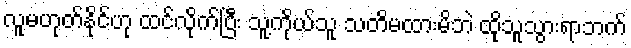
လူမဟုတ်နိုင်ဟု ထင်လိုက်ပြီး သူ့ကိုယ်သူ သတိမထားမိဘဲ ထိုသူသွားရာဘက်